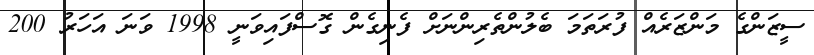
ސީޒަންގެ މަންޒަރެއް ފުރަތަމަ ބެލުންތެރިންނަށް ފެނިގެން ގޮސްފައިވަނީ 1998 ވަނަ އަހަރު 200